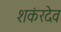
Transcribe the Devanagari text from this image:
शकंरदेव